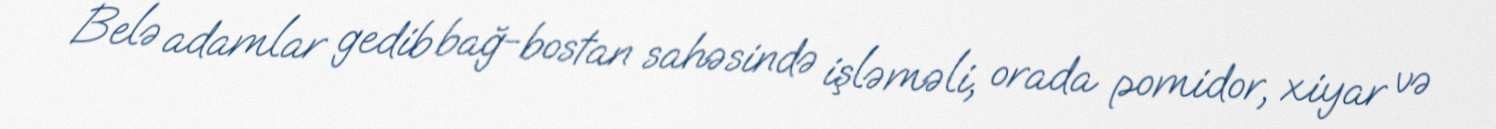
Belə adamlar gedib bağ-bostan sahəsində işləməli, orada pomidor, xiyar və